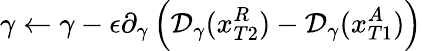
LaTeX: \gamma\leftarrow\gamma-\epsilon\partial_{\gamma}\left(\mathcal{D}_{\gamma}(x_{T2}^{R})-\mathcal{D}_{\gamma}(x_{T1}^{A})\right)